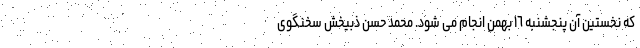
که نخستین آن پنجشنبه ١٦ بهمن انجام می شود. محمد حسن ذبیخش سخنگوی